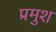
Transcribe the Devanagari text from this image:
प्रमुश